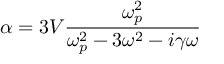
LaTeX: \alpha = 3 V { \frac { \omega _ { p } ^ { 2 } } { \omega _ { p } ^ { 2 } - 3 \omega ^ { 2 } - i \gamma \omega } }